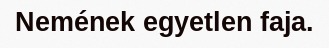
Nemének egyetlen faja.